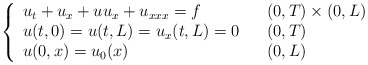
\begin{align*}\left\{\begin{array}[c]{lll}u_{t}+u_{x}+uu_{x}+u_{xxx}= f & & ( 0,T) \times( 0,L) \\u( t,0) =u( t,L) =u_{x}( t,L) =0 & & ( 0,T) \\u( 0,x) =u_{0}( x) & & ( 0,L) \end{array}\right. \end{align*}